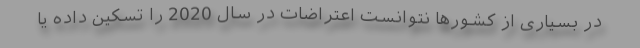
در بسیاری از کشورها نتوانست اعتراضات در سال 2020 را تسکین داده یا